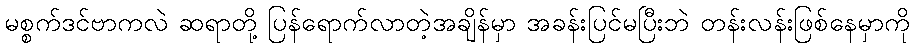
မစ္စက်ဒင်ဗာကလဲ ဆရာတို့ ပြန်ရောက်လာတဲ့အချိန်မှာ အခန်းပြင်မပြီးဘဲ တန်းလန်းဖြစ်နေမှာကို